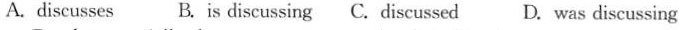
A. discusses B.is discussing C. Discussed D. Was discussing